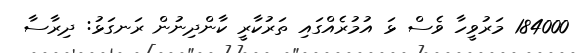
184000 މަރުވީހާ ވެސް ޅަ އުމުރެއްގައި ތަރުކާރީ ކާންދިނުން ރަނގަޅު: ދިރާސާ